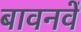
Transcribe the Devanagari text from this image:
बावनवें